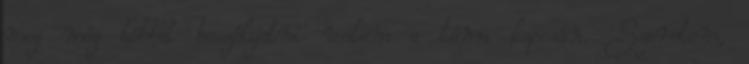
meg még többet beszélgetni velem a téma kapcsán. Szeretem,